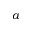
a